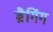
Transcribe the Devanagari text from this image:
ब्रैगिंग